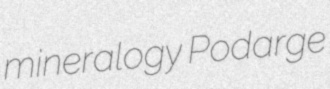
mineralogy Podarge